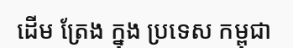
ដើម ត្រែង ក្នុង ប្រទេស កម្ពុជា